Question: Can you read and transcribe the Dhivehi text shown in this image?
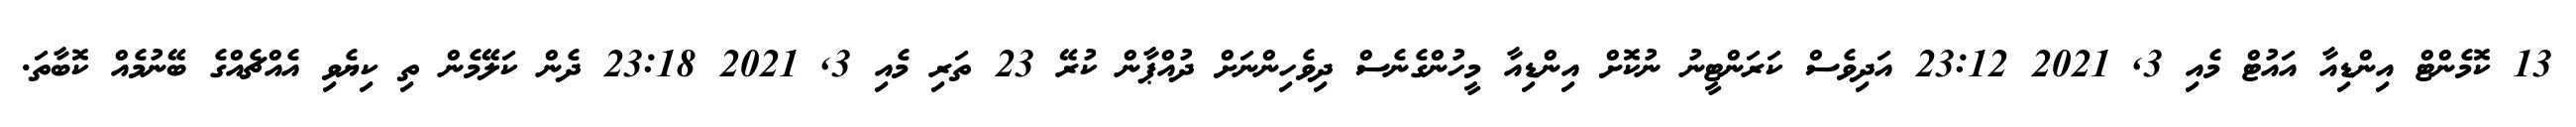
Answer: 13 ކޮމެންޓް އިންޑިއާ އައުޓް މެއި 3, 2021 23:12 އަދިވެސް ކަރަންޓީނު ނުކޮށް އިންޑިއާ މީހުންގެނެސް ދިވެހިންނަށް ދުއްޕާން ކުރޭ 23 ތަރި މެއި 3, 2021 23:18 ދެން ކަލޭމެން ތި ކިޔެވި އެއްޗެއްގެ ބޭނުމެއް ކޮބާތަ.